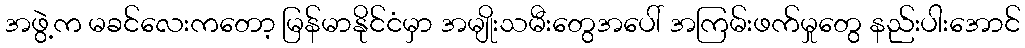
အဖွဲ့က မခင်လေးကတော့ မြန်မာနိုင်ငံမှာ အမျိုးသမီးတွေအပေါ် အကြမ်းဖက်မှုတွေ နည်းပါးအောင်